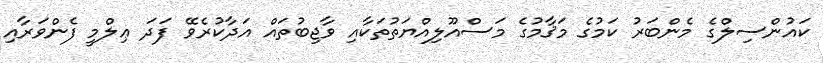
ކައުންސިލްގެ މެންބަރު ކަމުގެ މަޤާމުގެ މަސްއޫލިއްޔަތުތަކާއި ވާޖިބުތައް އަދާކުރެވޭ ފަދަ ޢިލްމީ ފެންވަރާއި